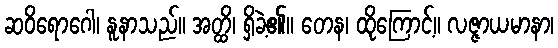
ဆဝိရောဂေါ၊ နူနာသည်။ အတ္ထိ၊ ရှိခဲ့၏။ တေန၊ ထိုကြောင့်။ လဇ္ဇာယမာနာ၊